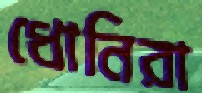
ধোনিরা